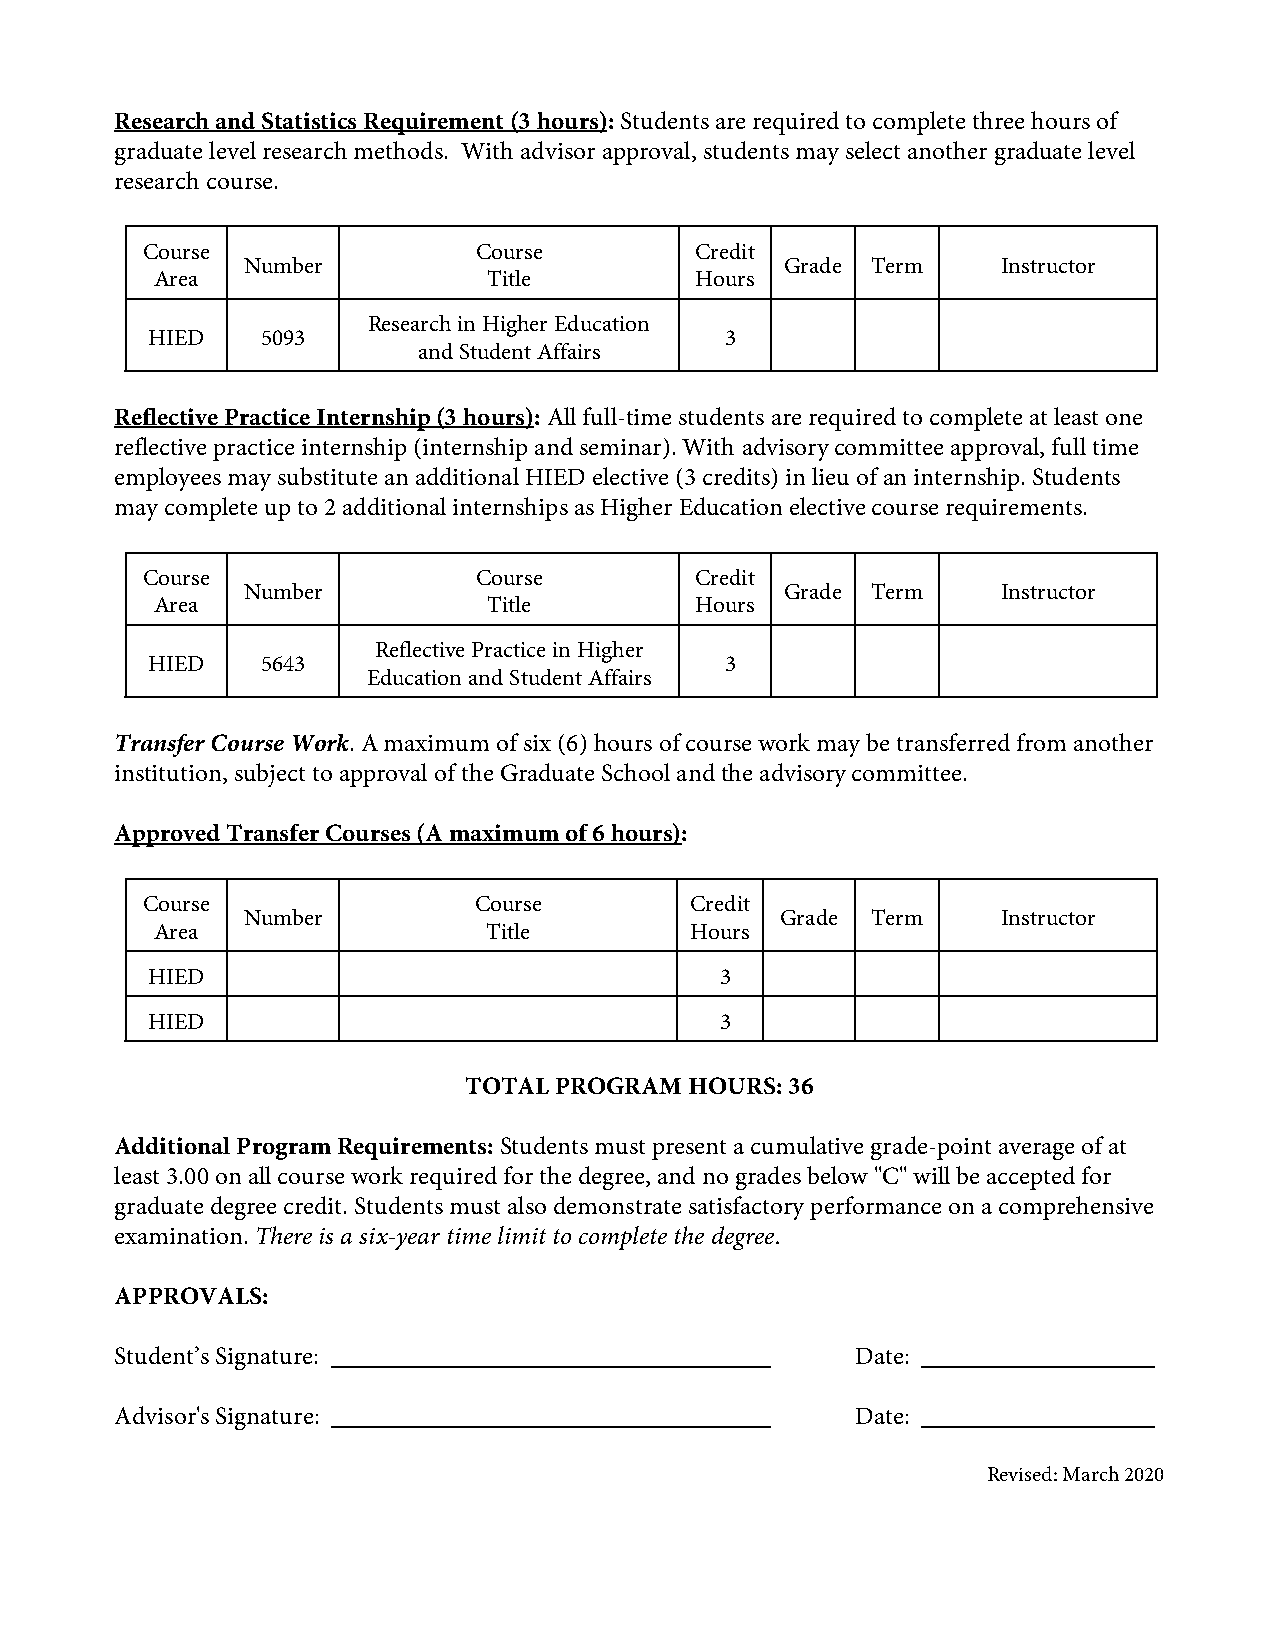
Research and Statistics Requirement (3 hours): Students are required to complete three hours of
 graduate level research methods. With advisor approval, students may select another graduate level
 research course.
 Course                Course         Credit
 Number                              Grade Term    Instructor
 Area                  Title         Hours
 Research in Higher Education
 HIED   5093                           3
 and Student Affairs
 Reflective Practice Internship (3 hours): All full-time students are required to complete at least one
 reflective practice internship (internship and seminar). With advisory committee approval, full time
 employees may substitute an additional HIED elective (3 credits) in lieu of an internship. Students
 may complete up to 2 additional internships as Higher Education elective course requirements.
 Course                Course         Credit
 Number                              Grade Term    Instructor
 Area                  Title         Hours
 Reflective Practice in Higher
 HIED   5643                           3
 Education and Student Affairs
 Transfer Course Work. A maximum of six (6) hours of course work may be transferred from another
 institution, subject to approval of the Graduate School and the advisory committee.
 Approved Transfer Courses (A maximum of 6 hours):
 Course                Course         Credit
 Number                              Grade Term    Instructor
 Area                  Title         Hours
 HIED                                  3
 HIED                                  3
 TOTAL PROGRAM  HOURS: 36
 Additional Program Requirements: Students must present a cumulative grade-point average of at
 least 3.00 on all course work required for the degree, and no grades below "C" will be accepted for
 graduate degree credit. Students must also demonstrate satisfactory performance on a comprehensive
 examination. There is a six-year time limit to complete the degree.
 APPROVALS:
 Student’s Signature:                             Date:
 Advisor's Signature:                             Date:
 Revised: March 2020